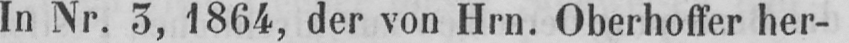
In Nr. 3, 1864, der von Hrn. Oberhoffer her-